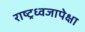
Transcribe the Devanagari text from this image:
राष्ट्रध्वजापेक्षा